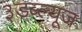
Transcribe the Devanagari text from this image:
३डब्ल्यूज